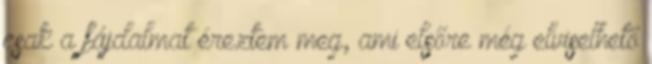
csak a fájdalmat éreztem meg, ami elsőre még elviselhető